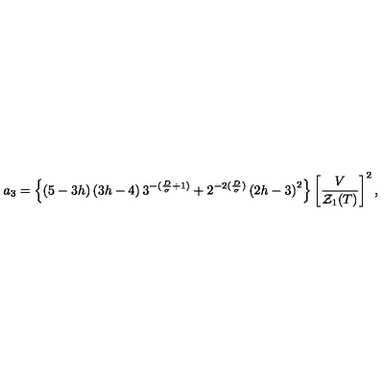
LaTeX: a _ { 3 } = \left\{ \left( 5 - 3 h \right) \left( 3 h - 4 \right) 3 ^ { - ( \frac { D } { \sigma } + 1 ) } + 2 ^ { - 2 ( \frac { D } { \sigma } ) } \left( 2 h - 3 \right) ^ { 2 } \right\} \left[ \frac { V } { { \cal { Z } } _ { 1 } ( T ) } \right] ^ { 2 } ,